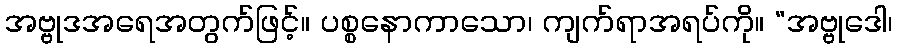
အဗ္ဗုဒအရေအတွက်ဖြင့်။ ပစ္စနောကာသော၊ ကျက်ရာအရပ်ကို။ “အဗ္ဗုဒေါ၊